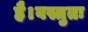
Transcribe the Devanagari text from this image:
है।वस्तुतः